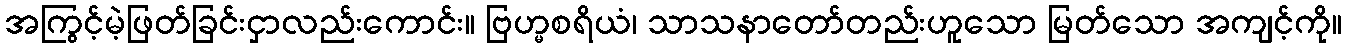
အကြွင့်မဲ့ဖြတ်ခြင်းငှာလည်းကောင်း။ ဗြဟ္မစရိယံ၊ သာသနာတော်တည်းဟူသော မြတ်သော အကျင့်ကို။